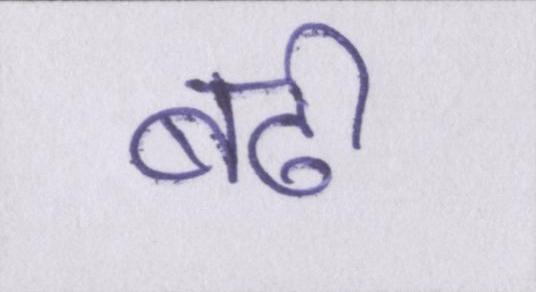
बढ़ी